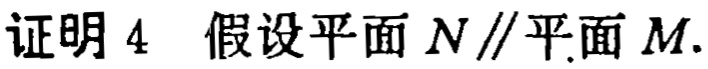
证明4 假设平面\(N\parallel\)平面\(M\).